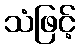
သံဖြင့်